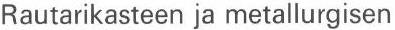
Rautarikasteen ja metallurgisen